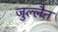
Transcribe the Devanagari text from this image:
जुल्लैन